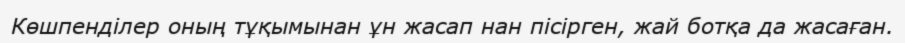
Көшпенділер оның тұқымынан ұн жасап нан пісірген, жай ботқа да жасаған.